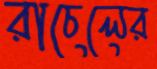
রাচেলের